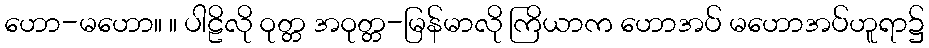
ဟော-မဟော။ ။ ပါဠိလို ဝုတ္တ အဝုတ္တ-မြန်မာလို ကြိယာက ဟောအပ် မဟောအပ်ဟူရာ၌